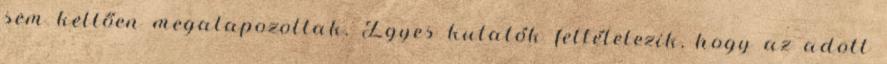
sem kellően megalapozottak. Egyes kutatók feltételezik, hogy az adott